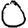
Digit: 0